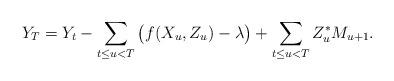
LaTeX: \begin{align*}Y_T = Y_t - \sum_{t \leq u < T} \big( f(X_u,Z_u) - \lambda \big) + \sum_{t \leq u < T} Z_u^{\ast}M_{u+1}.\end{align*}